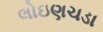
લોઇણચડા